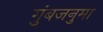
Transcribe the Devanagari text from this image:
गुंबजनुमा